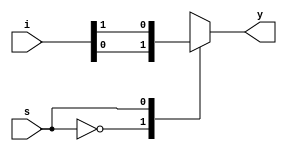
module mux_2x1_(i,s,y);
input [1:0] i;
input s;
output  reg y;
always @(*)
 begin
case(s)
1'b0 : y = i[0];
1'b1 : y = i[1];
endcase    
end
    
endmodule